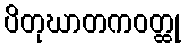
ပိတုဃာတကဝတ္ထု